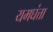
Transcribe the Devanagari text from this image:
यमघंत्ता